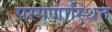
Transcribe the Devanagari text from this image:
परगणास्थित